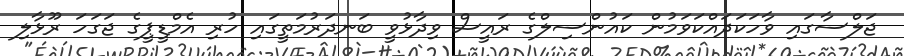
ޖަލްސާގައި ވާހަކަދައްކަވަމުން ކައުންސިލްގެ ރައީސް ވިދާޅުވީ ބަނދަރުމަތީގައި ހުރި އެމްޑީޕީގެ ޖަގަހަ ރޫޅާލި